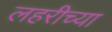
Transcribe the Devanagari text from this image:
लहरीच्या